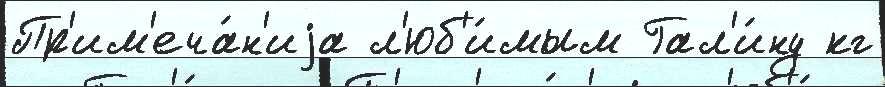
Пр'им'еча́н'иjа л'юб'и́мым Гал'и́ну кг